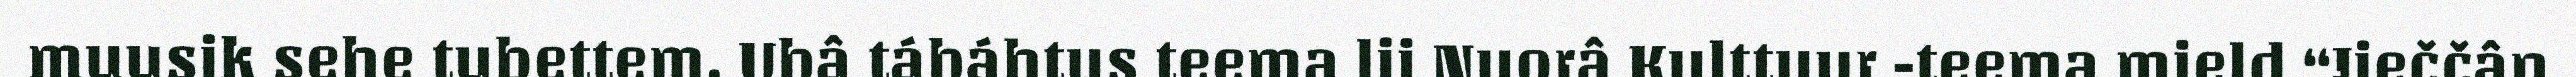
muusik sehe tubettem. Ubâ tábáhtus teema lii Nuorâ Kulttuur -teema mield “Jieččân